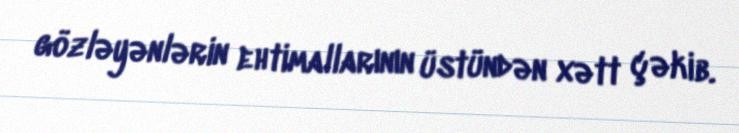
gözləyənlərin ehtimallarının üstündən xətt çəkib.